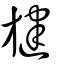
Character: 旔